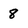
Character: 8